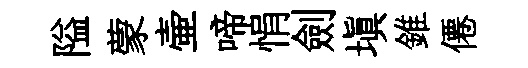
隘蒙壷啼悁劍填錐僊